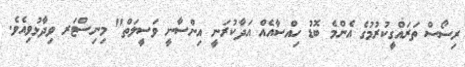
ރިސޯސް ތަރައްގީކުރުމުގެ އެންމެ ބޮޑު ހިއްސާއެއް އަދާކުރަނީ އިންސާނީ ވަސީލަތް" މިނިސްޓަރ ވިދާޅުވިއެވެ.